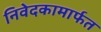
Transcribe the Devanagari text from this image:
निवेदकामार्फत